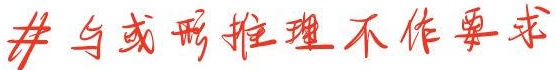
# 与或形推理不作要求